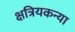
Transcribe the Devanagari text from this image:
क्षत्रियकन्या